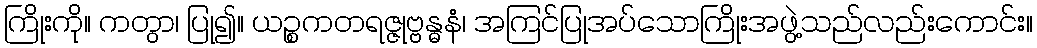
ကြိုးကို။ ကတွာ၊ ပြု၍။ ယဉ္စကတရဇ္ဇုဗ္ဗန္ဓနံ၊ အကြင်ပြုအပ်သောကြိုးအဖွဲ့သည်လည်းကောင်း။